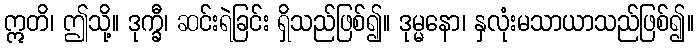
ဣတိ၊ ဤသို့။ ဒုက္ခီ၊ ဆင်းရဲခြင်း ရှိသည်ဖြစ်၍။ ဒုမ္မနော၊ နှလုံးမသာယာသည်ဖြစ်၍။